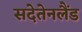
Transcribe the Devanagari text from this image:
सदेतेनलैंड